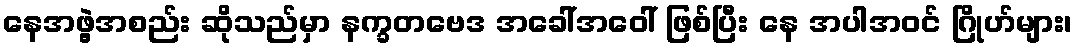
နေအဖွဲ့အစည်း ဆိုသည်မှာ နက္ခတဗေဒ အခေါ်အဝေါ် ဖြစ်ပြီး နေ အပါအဝင် ဂြိုဟ်များ၊